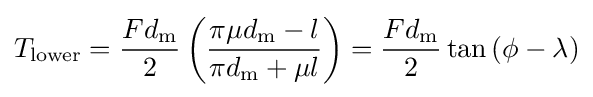
T_{\text{lower}}={\frac {Fd_{\text{m}}}{2}}\left({\frac {\pi \mu d_{\text{m}}-l}{\pi d_{\text{m}}+\mu l}}\right)={\frac {Fd_{\text{m}}}{2}}\tan {\left(\phi -\lambda \right)}